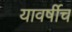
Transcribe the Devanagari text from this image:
यावर्षीच